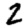
Digit: 2